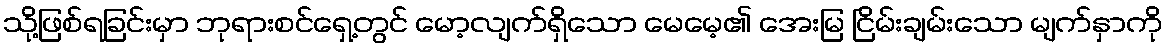
သို့ဖြစ်ရခြင်းမှာ ဘုရားစင်ရှေ့တွင် မော့လျက်ရှိသော မေမေ့၏ အေးမြ ငြိမ်းချမ်းသော မျက်နှာကို